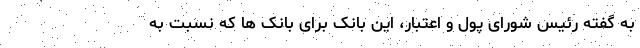
به گفته رئیس شورای پول و اعتبار، این بانک برای بانک ها که نسبت به